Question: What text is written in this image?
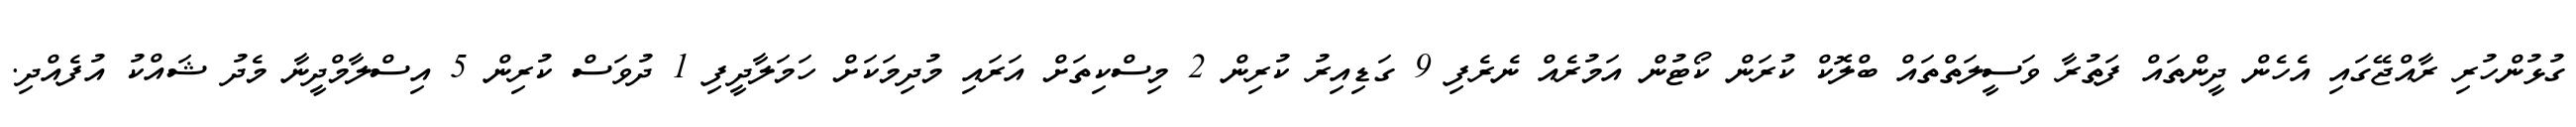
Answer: ގުޅުންހުރި ރާއްޖޭގައި އެހެން ދީންތައް ފަތުރާ ވަސީލަތްތައް ބްލޮކް ކުރަން ކޯޓުން އަމުރެއް ނެރެފި 9 ގަޑިއިރު ކުރިން 2 މިސްކިތަށް އަރައި މުދިމަކަށް ހަމަލާދީފި 1 ދުވަސް ކުރިން 5 އިސްލާމްދީނާ މެދު ޝައްކު އުފެއްދި.